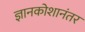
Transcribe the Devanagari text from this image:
ज्ञानकोशानंतर